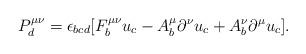
LaTeX: \begin{align*}P^{\mu\nu}_d=\epsilon_{bcd}[F^{\mu\nu}_b u_c-A^\mu_b\partial^\nu u_c+A^\nu_b\partial^\mu u_c]. \end{align*}